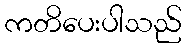
ကတိပေးပါသည်